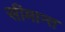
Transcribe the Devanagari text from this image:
सीमान्‍त